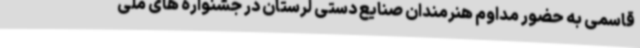
قاسمی به حضور مداوم هنرمندان صنایع دستی لرستان در جشنواره های ملی